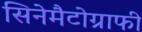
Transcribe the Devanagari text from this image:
सिनेमैटोग्राफी